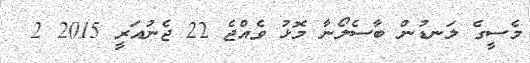
މެސީގެ ލަނޑުން ބާސެލޯނާ މޮޅު ވެއްޖެ 22 ޖެނުއަރީ 2015 2